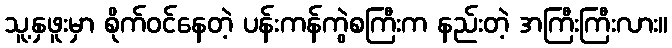
သူ့နှဖူးမှာ စိုက်ဝင်နေတဲ့ ပန်းကန်ကွဲစကြီးက နည်းတဲ့ အကြီးကြီးလား။